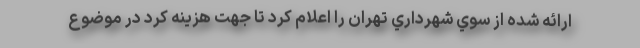
ارائه شده از سوي شهرداري تهران را اعلام كرد تا جهت هزينه كرد در موضوع